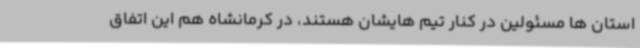
استان ها مسئولین در کنار تیم هایشان هستند، در کرمانشاه هم این اتفاق